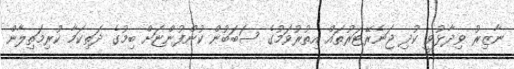
ނާޒިރު ވިދާޅުވީ ކުދި ޖަނެރޭޓަރުތައް އިތުރުވަމުގެ ސަބަބުން ކުންފުންޏަށް ބިމުގެ ދަތިކަމާ ކުރިމަތިލާން